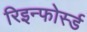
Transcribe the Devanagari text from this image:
रिइन्फोर्स्ड